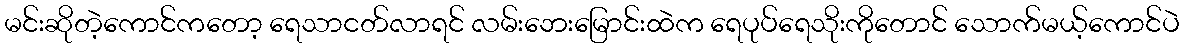
မင်းဆိုတဲ့ကောင်ကတော့ ရေသာငတ်လာရင် လမ်းဘေးမြောင်းထဲက ရေပုပ်ရေသိုးကိုတောင် သောက်မယ့်ကောင်ပဲ